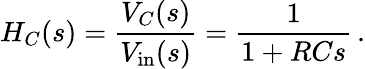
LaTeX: H_{C}(s)={\frac{V_{C}(s)}{V_{\mathrm{in}}(s)}}={\frac{1}{1+RCs}}\, .